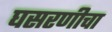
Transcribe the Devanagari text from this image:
घसरणीचा